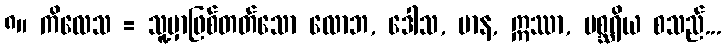
၈။ ကိလေသ = သူ့မှာဖြစ်တတ်သော လောဘ, ဒေါသ, မာန, ဣဿာ, မစ္ဆရိယ စသည်...